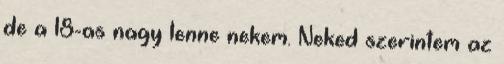
de a 18-as nagy lenne nekem. Neked szerintem az